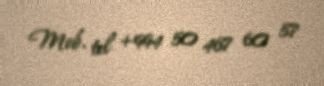
Mob. tel +994 50 467 60 57